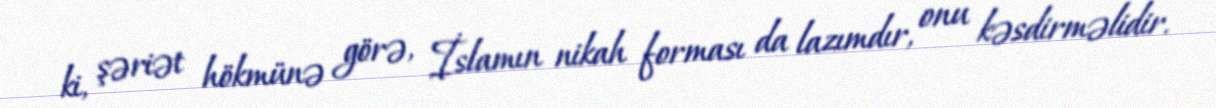
ki, şəriət hökmünə görə, İslamın nikah forması da lazımdır, onu kəsdirməlidir.